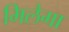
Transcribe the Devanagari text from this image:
मिलैगा